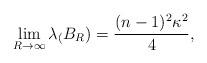
LaTeX: \begin{align*} \lim_{R\to\infty}\lambda_(B_R)= \frac{(n-1)^2\kappa^2}{4}, \end{align*}